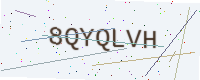
Text: 8QYQLVH